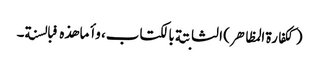
(ککفارة المظاهر) الثابتة بالکتاب، وأما هذه فبالسنة۔